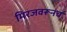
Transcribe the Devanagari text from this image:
मिरजवरूनच